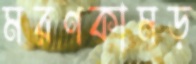
মরণকামড়